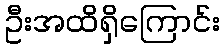
ဦးအထိရှိကြောင်း